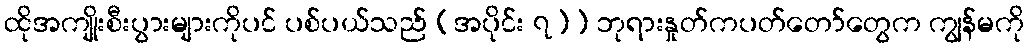
ထိုအကျိုးစီးပွားများကိုပင် ပစ်ပယ်သည် (အပိုင်း ၇)) ဘုရားနှုတ်ကပတ်တော်တွေက ကျွန်မကို